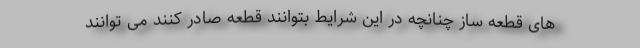
های قطعه ساز چنانچه در این شرایط بتوانند قطعه صادر کنند می توانند